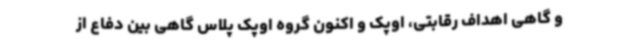
و گاهی اهداف رقابتی، اوپک و اکنون گروه اوپک پلاس گاهی بین دفاع از